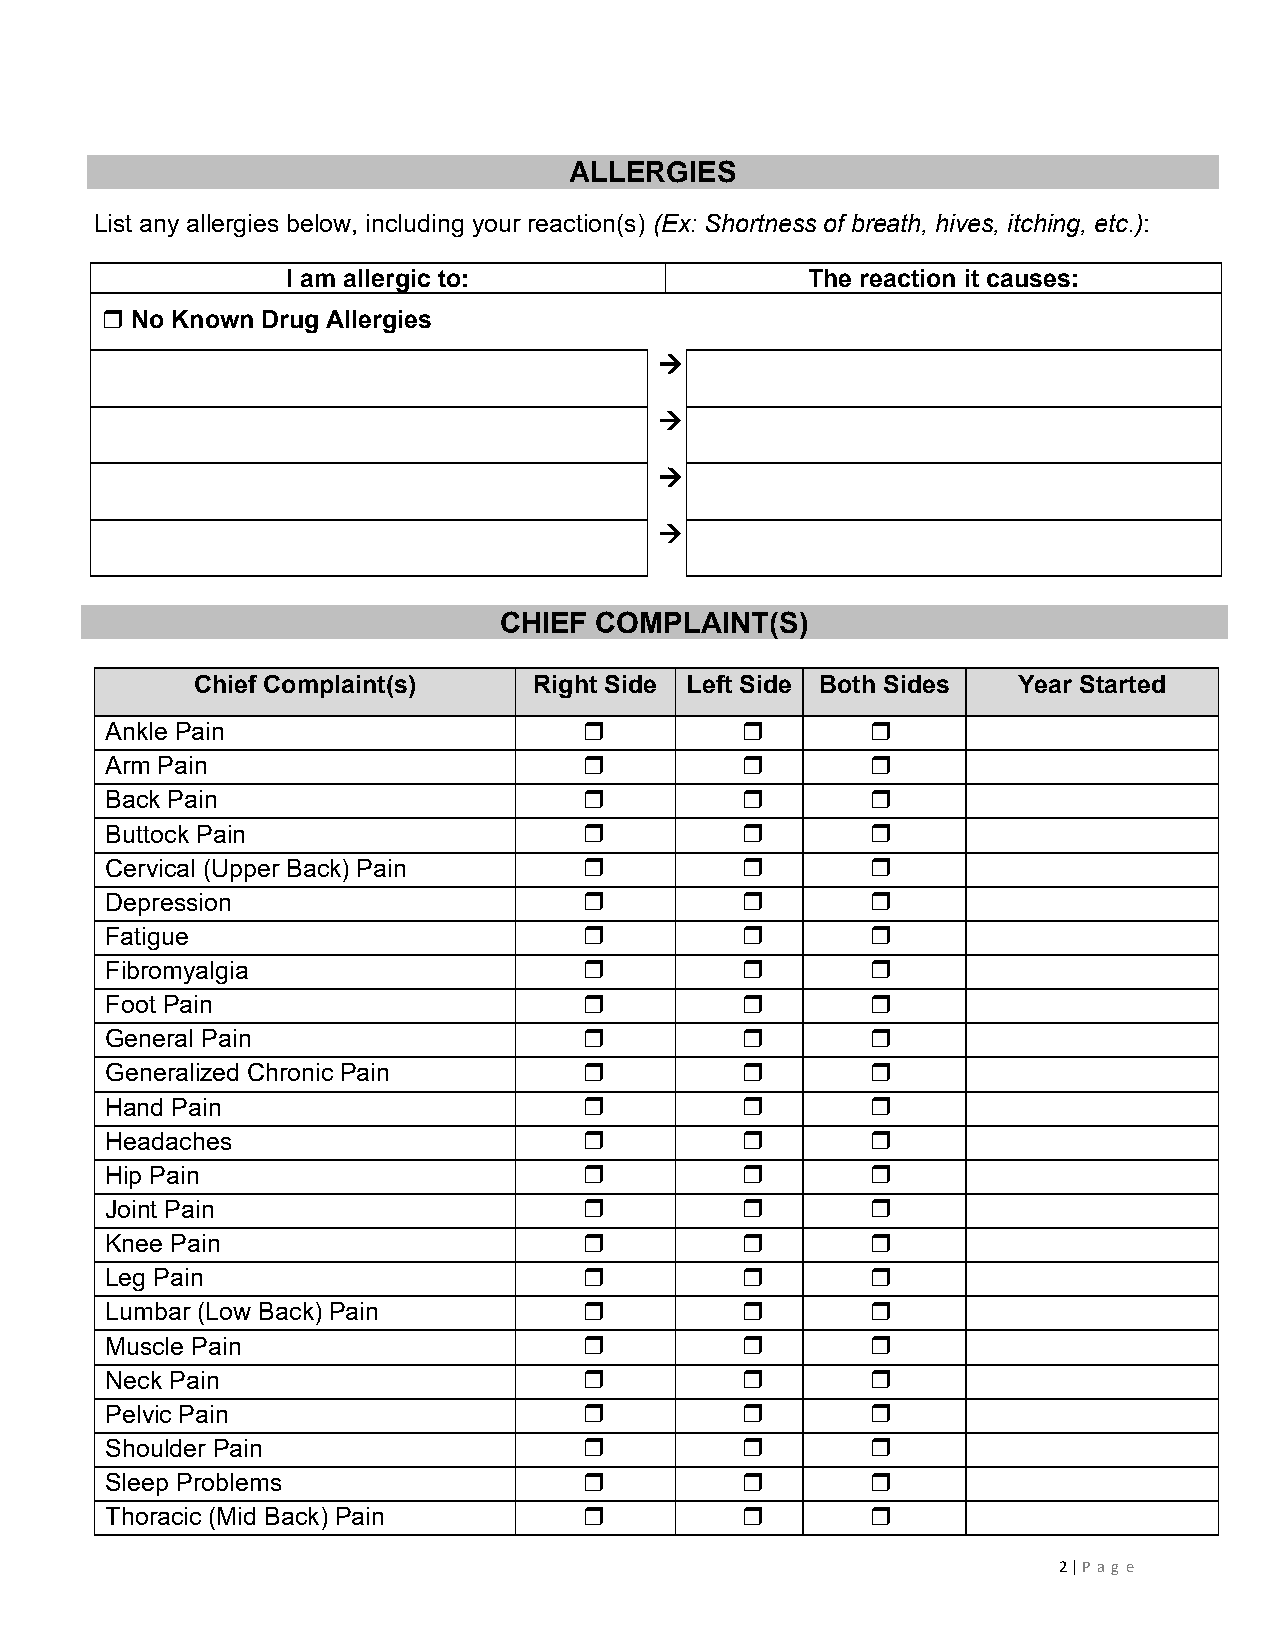
ALLERGIES
 List any allergies below, including your reaction(s) (Ex: Shortness of breath, hives, itching, etc.):
 I am allergic to:                 The reaction it causes:
  No Known Drug Allergies
 →
 →
 →
 →
 CHIEF COMPLAINT(S)
 Chief Complaint(s)    Right Side Left Side Both Sides Year Started
 Ankle Pain                                       
 Arm Pain                                         
 Back Pain                                        
 Buttock Pain                                     
 Cervical (Upper Back) Pain                       
 Depression                                       
 Fatigue                                          
 Fibromyalgia                                     
 Foot Pain                                        
 General Pain                                     
 Generalized Chronic Pain                         
 Hand Pain                                        
 Headaches                                        
 Hip Pain                                         
 Joint Pain                                       
 Knee Pain                                        
 Leg Pain                                         
 Lumbar (Low Back) Pain                           
 Muscle Pain                                      
 Neck Pain                                        
 Pelvic Pain                                      
 Shoulder Pain                                    
 Sleep Problems                                   
 Thoracic (Mid Back) Pain                         
 2 | P ag e